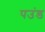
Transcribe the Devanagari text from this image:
पउंड